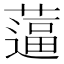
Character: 𰱿